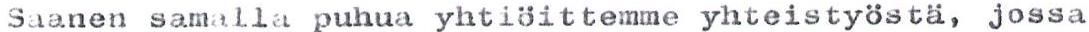
Saanen samalla puhua yhtiöittemme yhteistyöstä, jossa